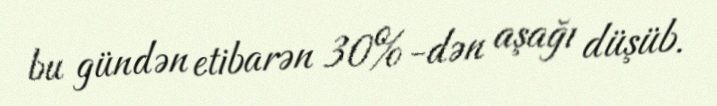
bu gündən etibarən 30%-dən aşağı düşüb.